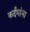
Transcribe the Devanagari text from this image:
कर्दमांना